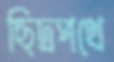
ছিদ্রপথে